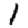
Digit: 1